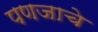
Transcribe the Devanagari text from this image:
पणजाचे